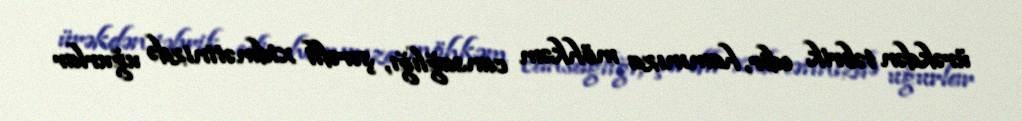
ürəkdən təbrik edir, hamınıza möhkəm cansağlığı, şərəfli xidmətinizdə uğurlar